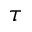
\tau